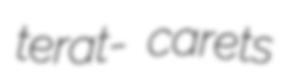
terat- carets